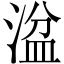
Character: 湓